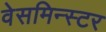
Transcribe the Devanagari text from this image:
वेसमिन्स्टर